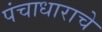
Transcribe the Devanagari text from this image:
पंचाधाराचे